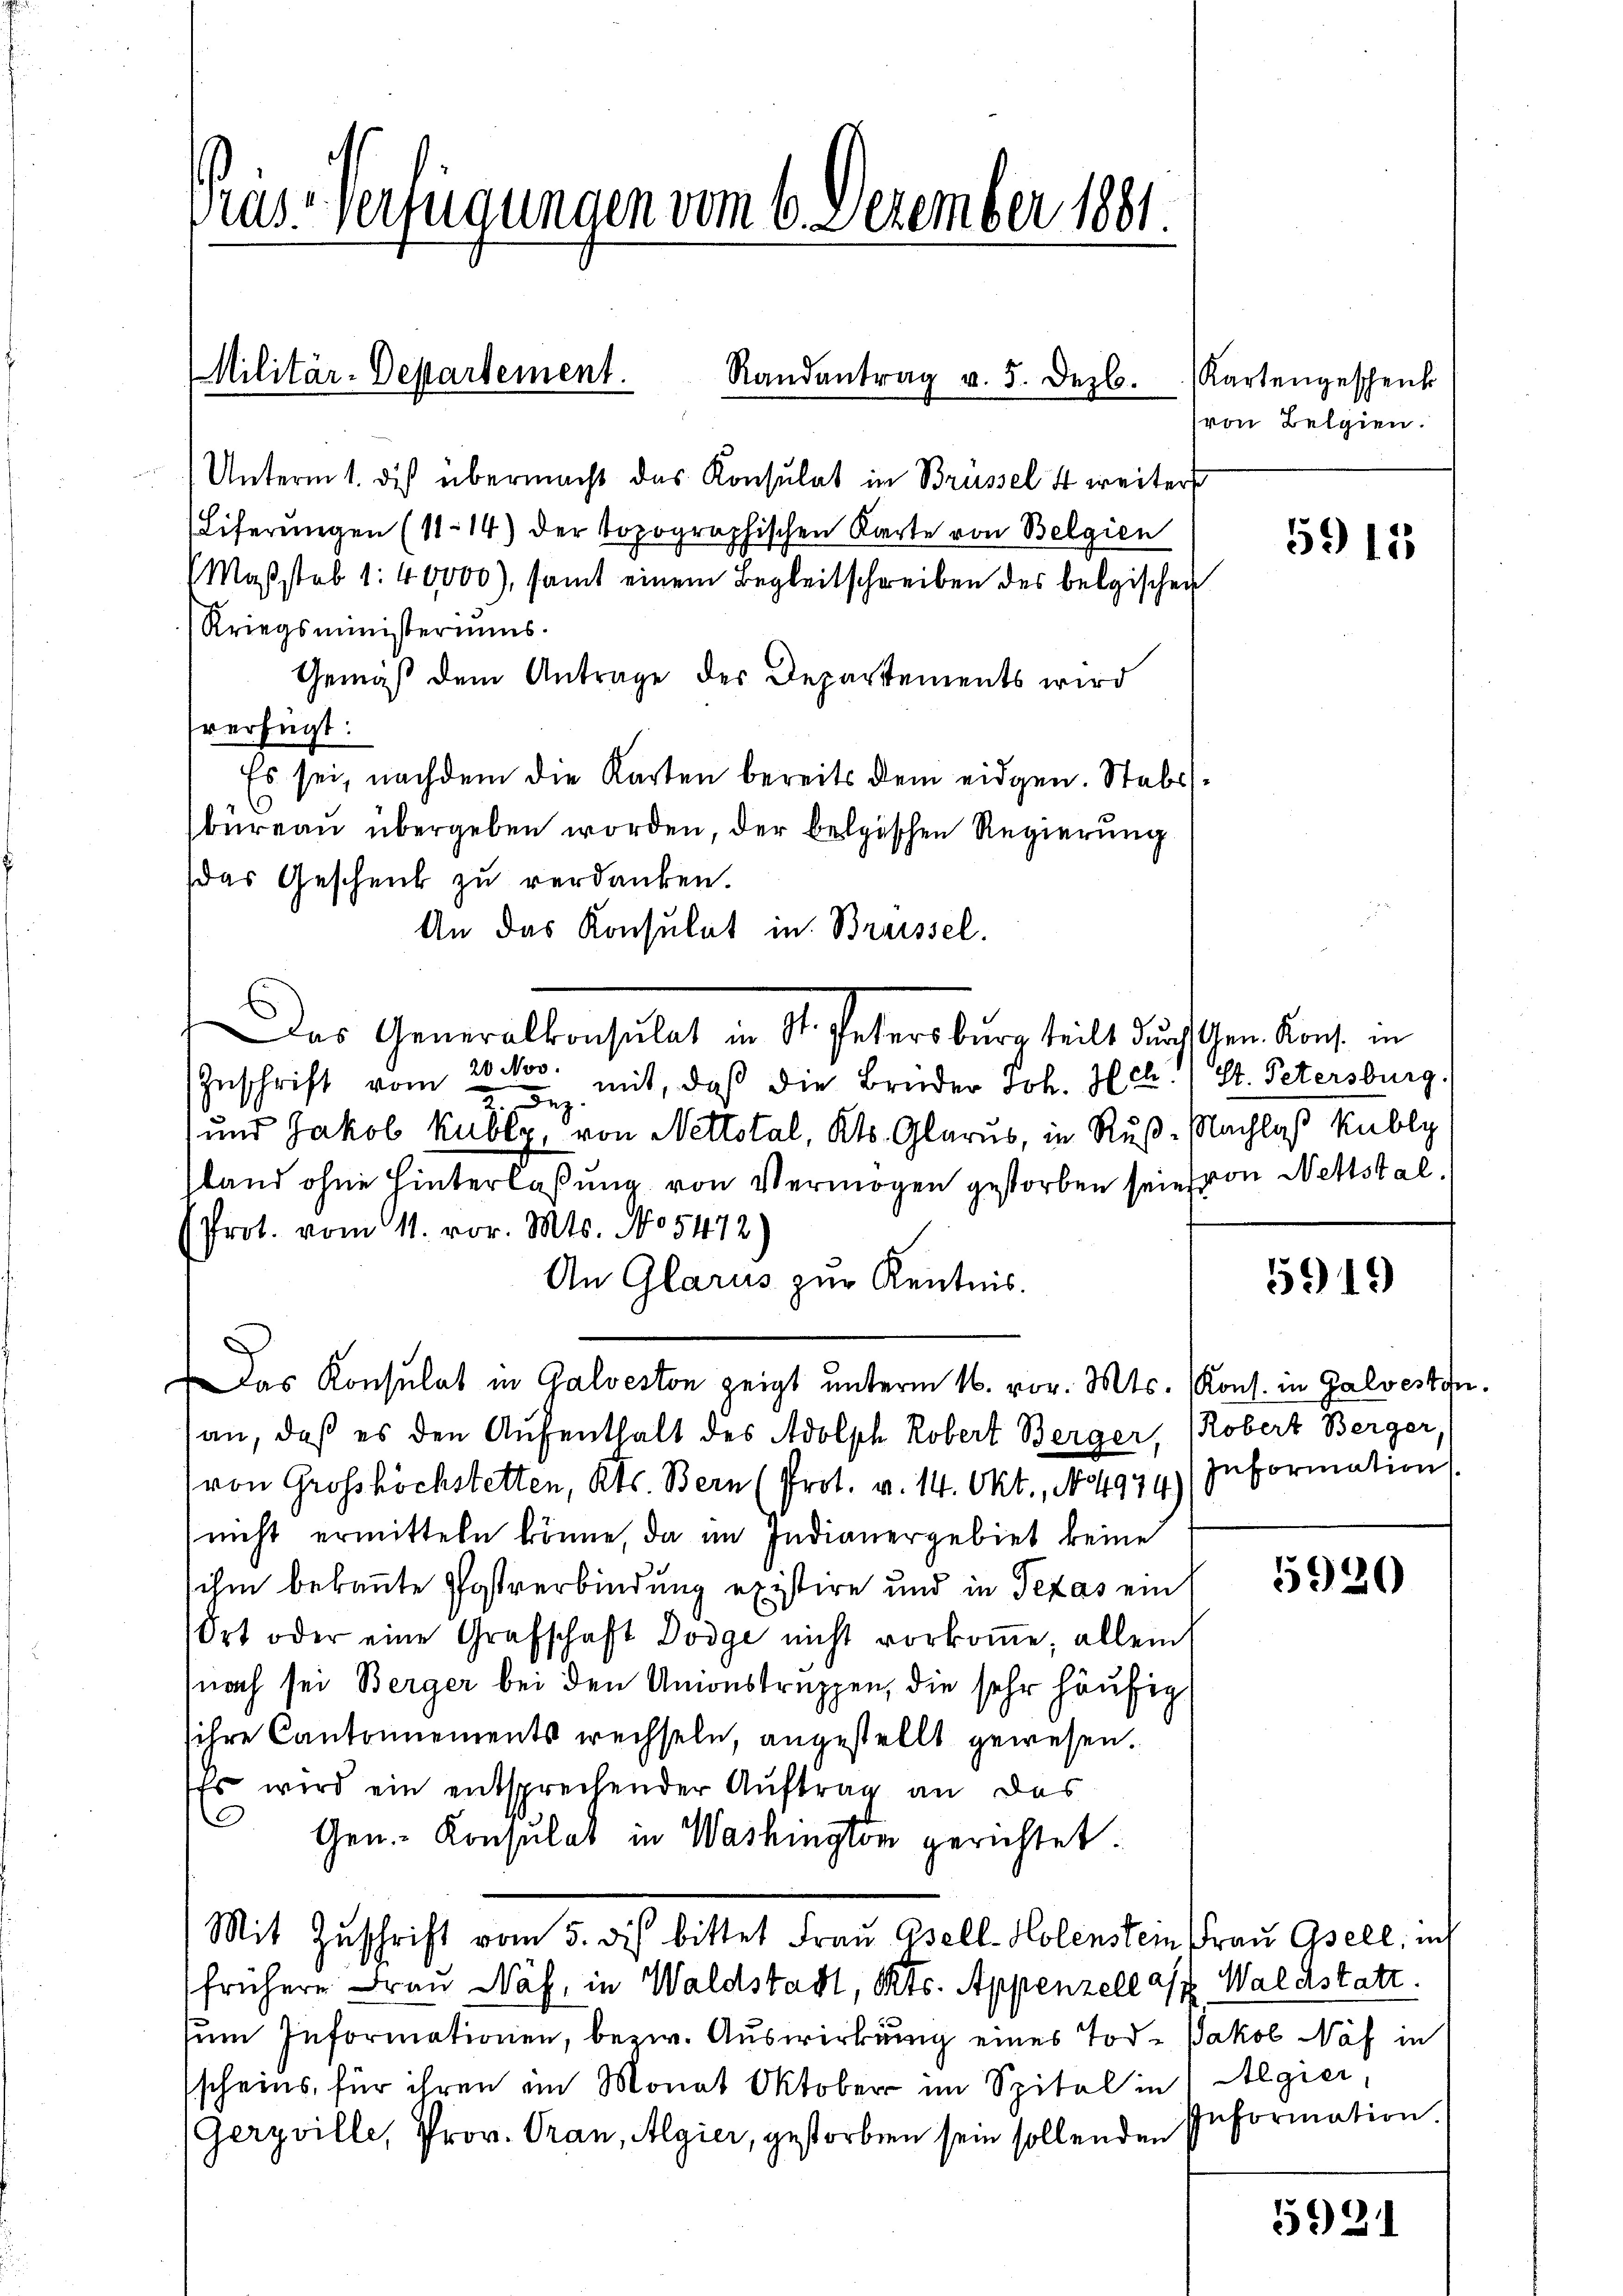
Präs. Verfügungen vom 6. Dezember 1881.

Militär-Departement.
Randantrag v. 5. Dezb.

Kartengeschenk
von Belgien.

Unterm 1. des übermacht das Konsulat in Brüssel 4 weiter
(Liferungen (11. 14) der topographischen Karte von Belgien
Maβstab 1: 40000), samt einem Begleitschreiben des belgischen
Kriegsministeriums.
Gemäß dem Antrage des Departements wird
fverfügt:
Es sei, nachdem die Karten bereits dem eidgen. Stabs
büreau übergeben worden, der belgischen Regierung
das Geschenk zu verdanken.
An das Konsulat in Breissel.
Das Generalkonsulat in St. Petersburg teilt durchschen Kons. in
Inschrift vom 20. Nov. mit, daß die Brüder Joh. Hch., St. Petersburg.
Bez
 und Jakob Kubly, von Nettotal, Kts. Glarus, in Ruß-Nachlaß Kubli
sland ohne Hinterlaßung von Vermögen gestorben sein von Nettstal¬
Prot. vom 11. vor. Mts. No 5472)
An Glarus zur Kenntnis.
Das Konsulat in Galveston zeigt unterm 16. vor. Mts. (Kons. in Galvesten.
an, daß es den Aufenthalt des Adolph Robert Berger, (Robert Berger,
von Grosshöchstetten, Kts. Bern (Prot. v. 14. Okt., No 974) Information
nicht ermitteln könne, da im Indianergebiet keine
ihm bekannte Postverbindung existire und in Texas ein
Ort oder eine Grafschaft Dodge nicht vorkoṁe; allein
nach sei Berger bei den Unionstruppen, die sehr häufig
sihre Cantonnements wechseln, angestellt gewesen.
Es wird ein entsprechender Auftrag an das
Gen.- Konsulat in Washington gerichtet:
Mit Zuschrift vom 5. des bittet Frau Gsell-Holenstein Frau Osell, in
frühere Frau Näf, in Waldstadt, Kts. Appenzell als Waldstatt.
um Informationen, bezw. Auswirkung eines Tod. Jakob Näf in
scheins, für ihren im Monat Oktober im Spital in Algier,
(Gerzville, Prov. Gran, Algier, gestorben sein sollenden Information

5911

5919

5920

5921